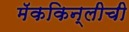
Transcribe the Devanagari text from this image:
मॅककिन्लीची